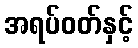
အရပ်ဝတ်နှင့်